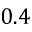
0 . 4